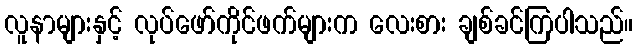
လူနာများနှင့် လုပ်ဖော်ကိုင်ဖက်များက လေးစား ချစ်ခင်ကြပါသည်။